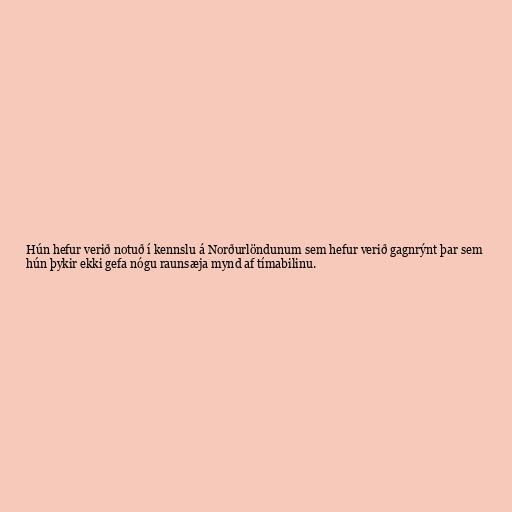
Hún hefur verið notuð í kennslu á Norðurlöndunum sem hefur verið gagnrýnt þar sem
hún þykir ekki gefa nógu raunsæja mynd af tímabilinu.